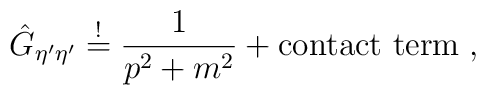
\hat{G}_{\eta^\prime \eta^\prime} \stackrel{!}{=} \frac{1}{p^2 + m^2}+ \mbox{contact term} \; ,